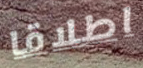
اطلاقا